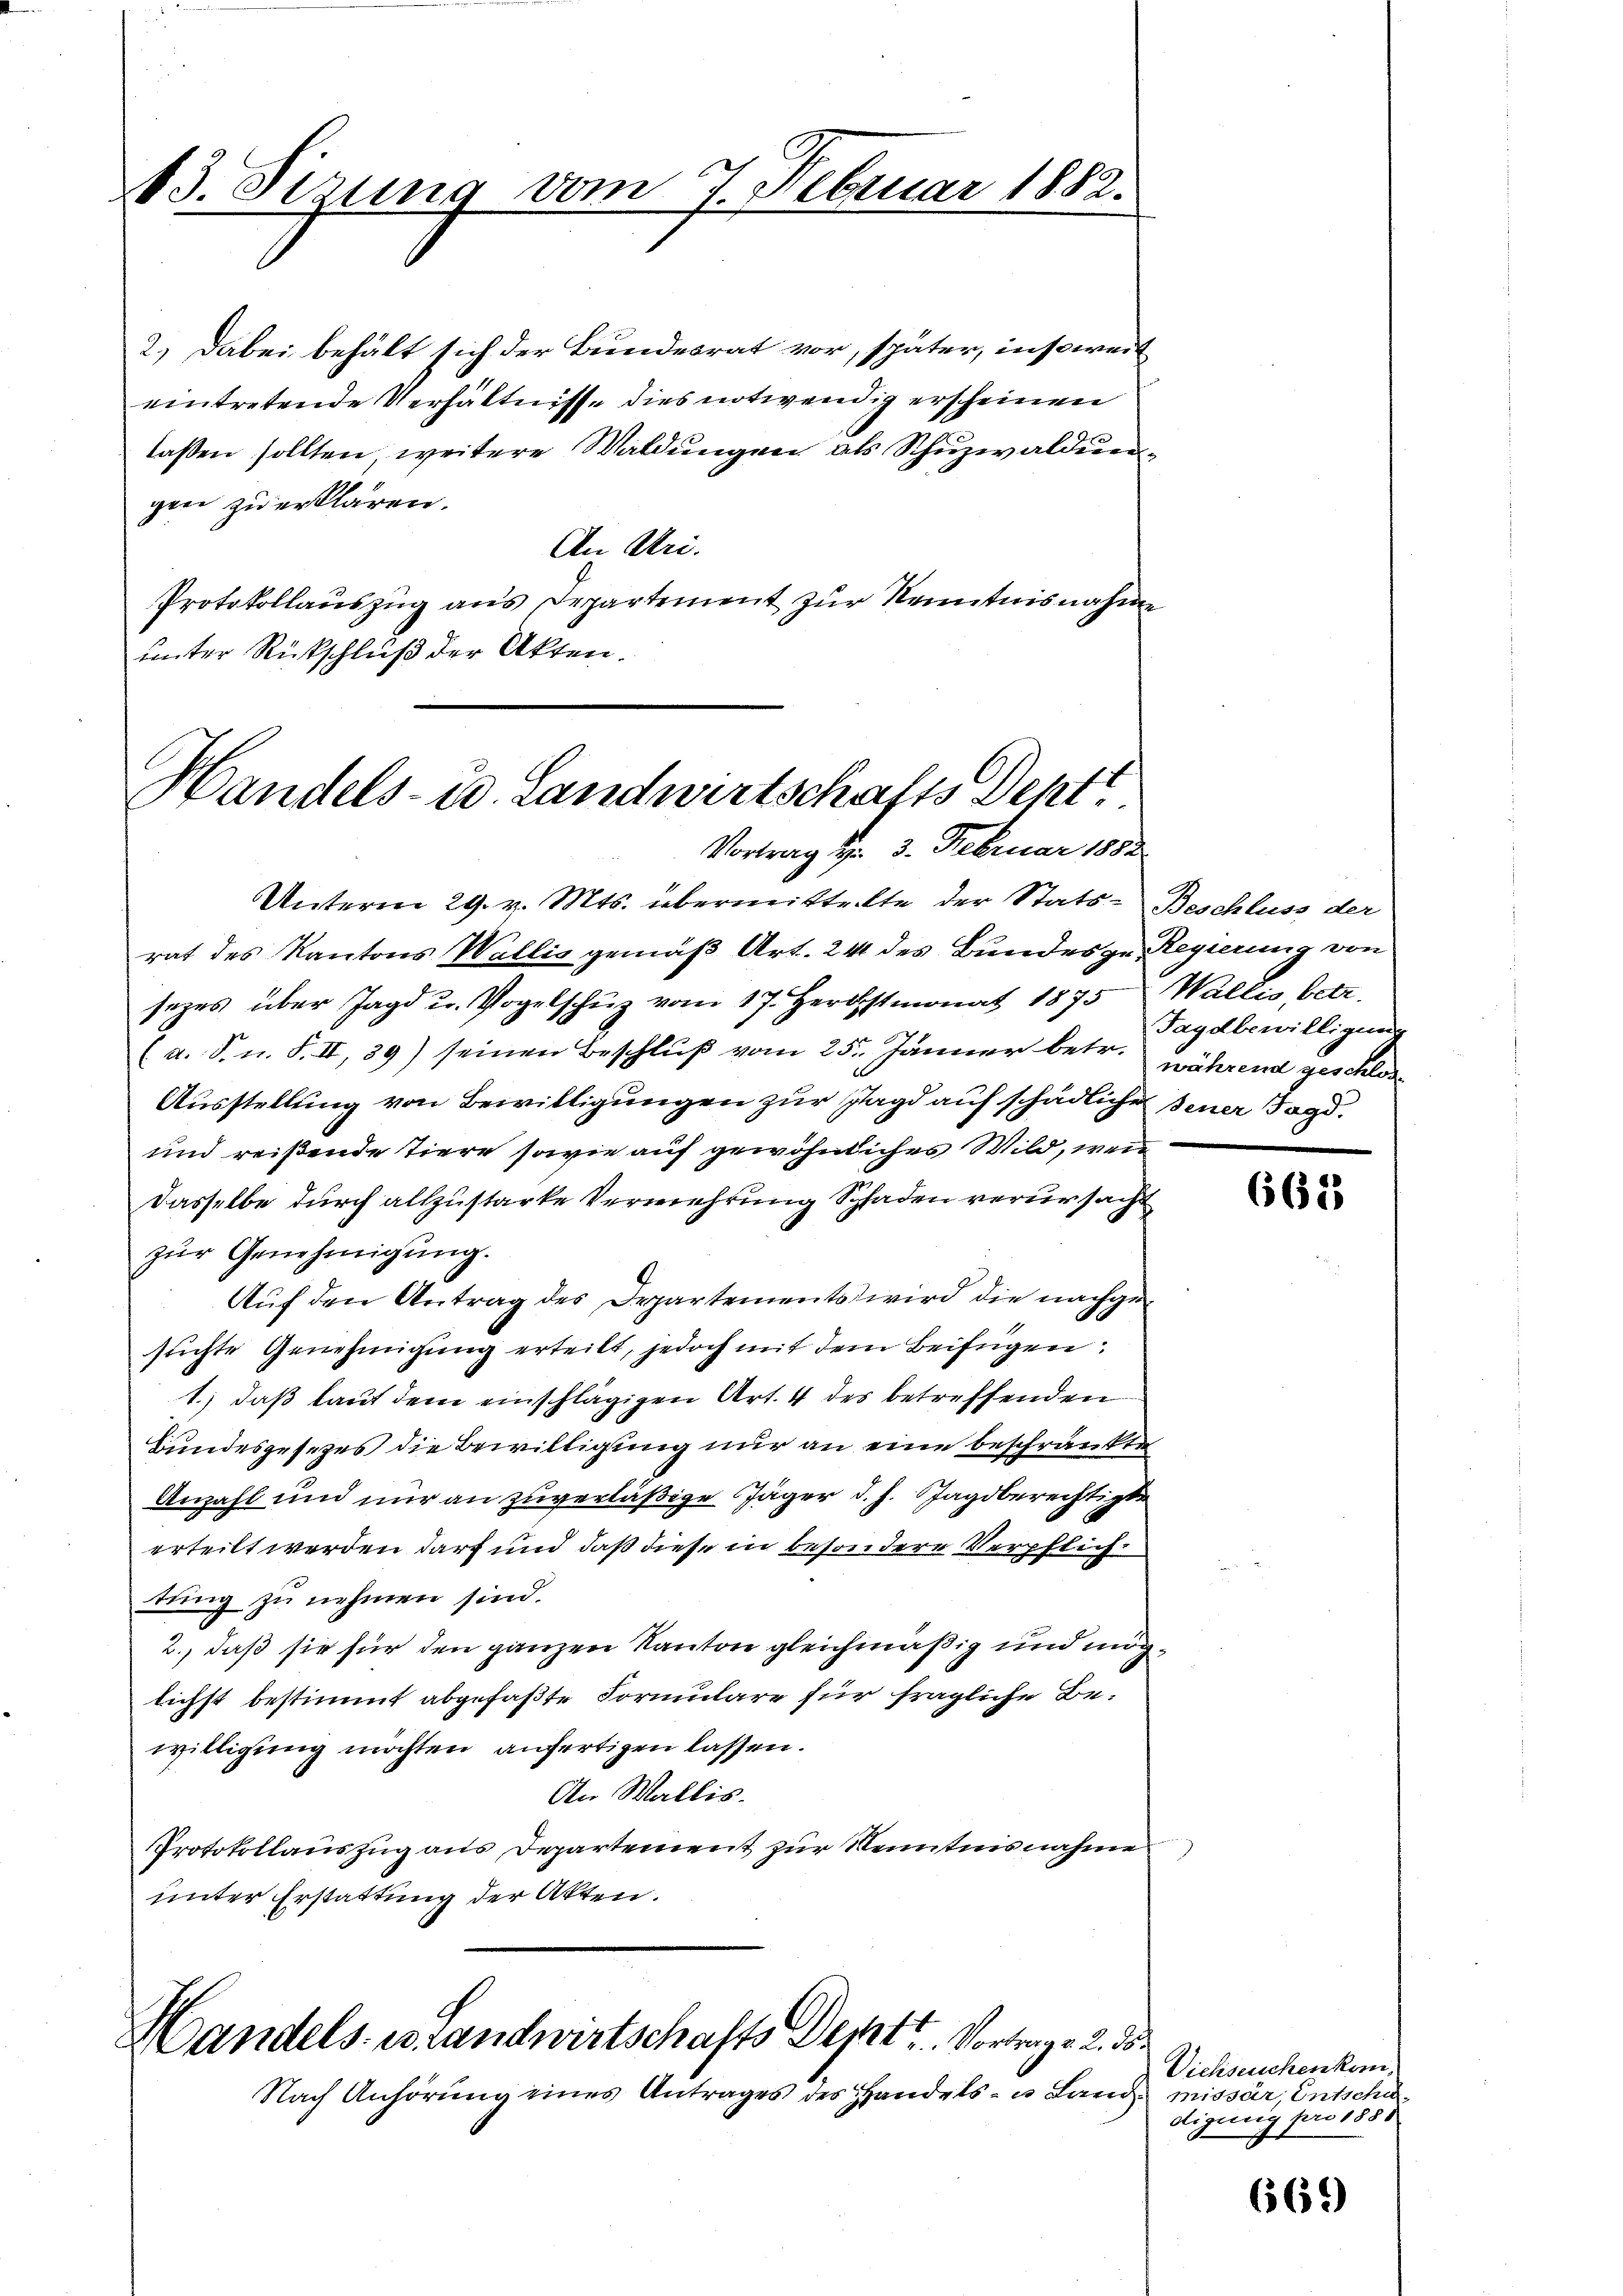
13. Sizung vom 7. Februar 1882.

2.) Dabei behält sich der Bundesrat vor, später, insoweit
eintretende Verhältnisse dies notwendig erscheinen
laßen sollten, weitere Waldungen als Schuzwaldung
gen zu erklären.
An Uri.
Protokollauszug aus Departement zur Kenntnisnahme
unter Rückschluß der Akten.

Handels- u. Landwirtschafts Dehtt
Vortrag d. 3. Februar 1882

Unterm 29. v. Mts. übermittelte der Stats - Beschluss der
rat des Kantons Wallis gemäß Art. 241 des Bundes ge- Regierung von
sezes über Jagd u. Vogelschüz vom 17. Herbstmonat 1875, Wallis, betr.
(a. S. n. F. II, 39) seinen Beschlŭβ vom 25. Jänner betr. während geschlos¬
Ausstellung von Bewilligungen zur Jagd auf schädlicher jener Jagd¬
und reißende Tiere sowie auf gewöhnliches Wild, wenn
Dasselbe durch allzustarke Vermehrung Schaden verursacht
zŭr Genehmigŭng.
Auf den Antrag des Departements wird die nachgestichte Genehmigung erteilt, jedoch mit dem Beifügen:
1.) daß laut dem einschlägigen Art. 4 des betreffenden
Bundesgesezes die Bewilligung nur an eine beschränkte
Anzahl und nur an zuverläßige Jäger d. h. Tagsberechtigte
erteilt werden darf und daß diese in besondere Verpflichtung zu nehmen sind.
2., daß sie für den ganzen Kanton gleichmäßig und möglichst bestimmt abgefaßte Formulare für fragliche Bewilligung möchten anfertigen lassen.
An Wallis.
Protokollauszug aus Departement zur Kenntnisnahme
unter Erstattung der Akten.

Handels- u. Landwirtschafts Deptt. Vortrag d. 2. ds.

Nach Anhörung eines Antrages des Handels- u. Land missär, Entschä¬

Jagdbewilligung

662

Viehseuchenkomdigung pro 1888

665)